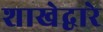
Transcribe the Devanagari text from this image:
शाखेद्वारे